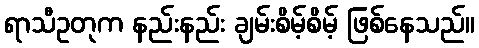
ရာသီဥတုက နည်းနည်း ချမ်းစိမ့်စိမ့် ဖြစ်နေသည်။